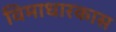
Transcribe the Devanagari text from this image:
विमाधारकास